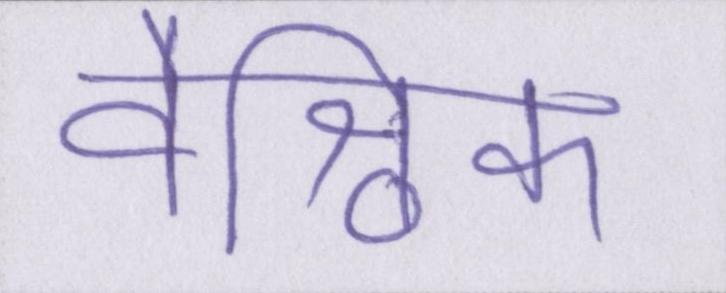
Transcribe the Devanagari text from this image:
वैश्विक